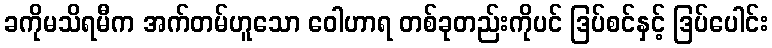
ခကိုမသိရမီက အက်တမ်ဟူသော ဝေါဟာရ တစ်ခုတည်းကိုပင် ဒြပ်စင်နှင့် ဒြပ်ပေါင်း